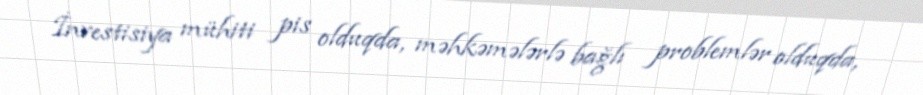
İnvestisiya mühiti pis olduqda, məhkəmələrlə bağlı problemlər olduqda,